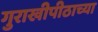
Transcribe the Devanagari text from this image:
गुराखीपीठाच्या